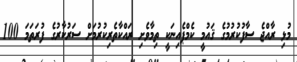
މުޅި ރާއްޖެ ސާފުކުރުމުގެ ޤައުމީ ކެމްޕެއިނަކީ ތިމާވެށި ރައްކާތެރިކުރުމަށް ސަރުކާރުގެ ފުރަތަމަ 100